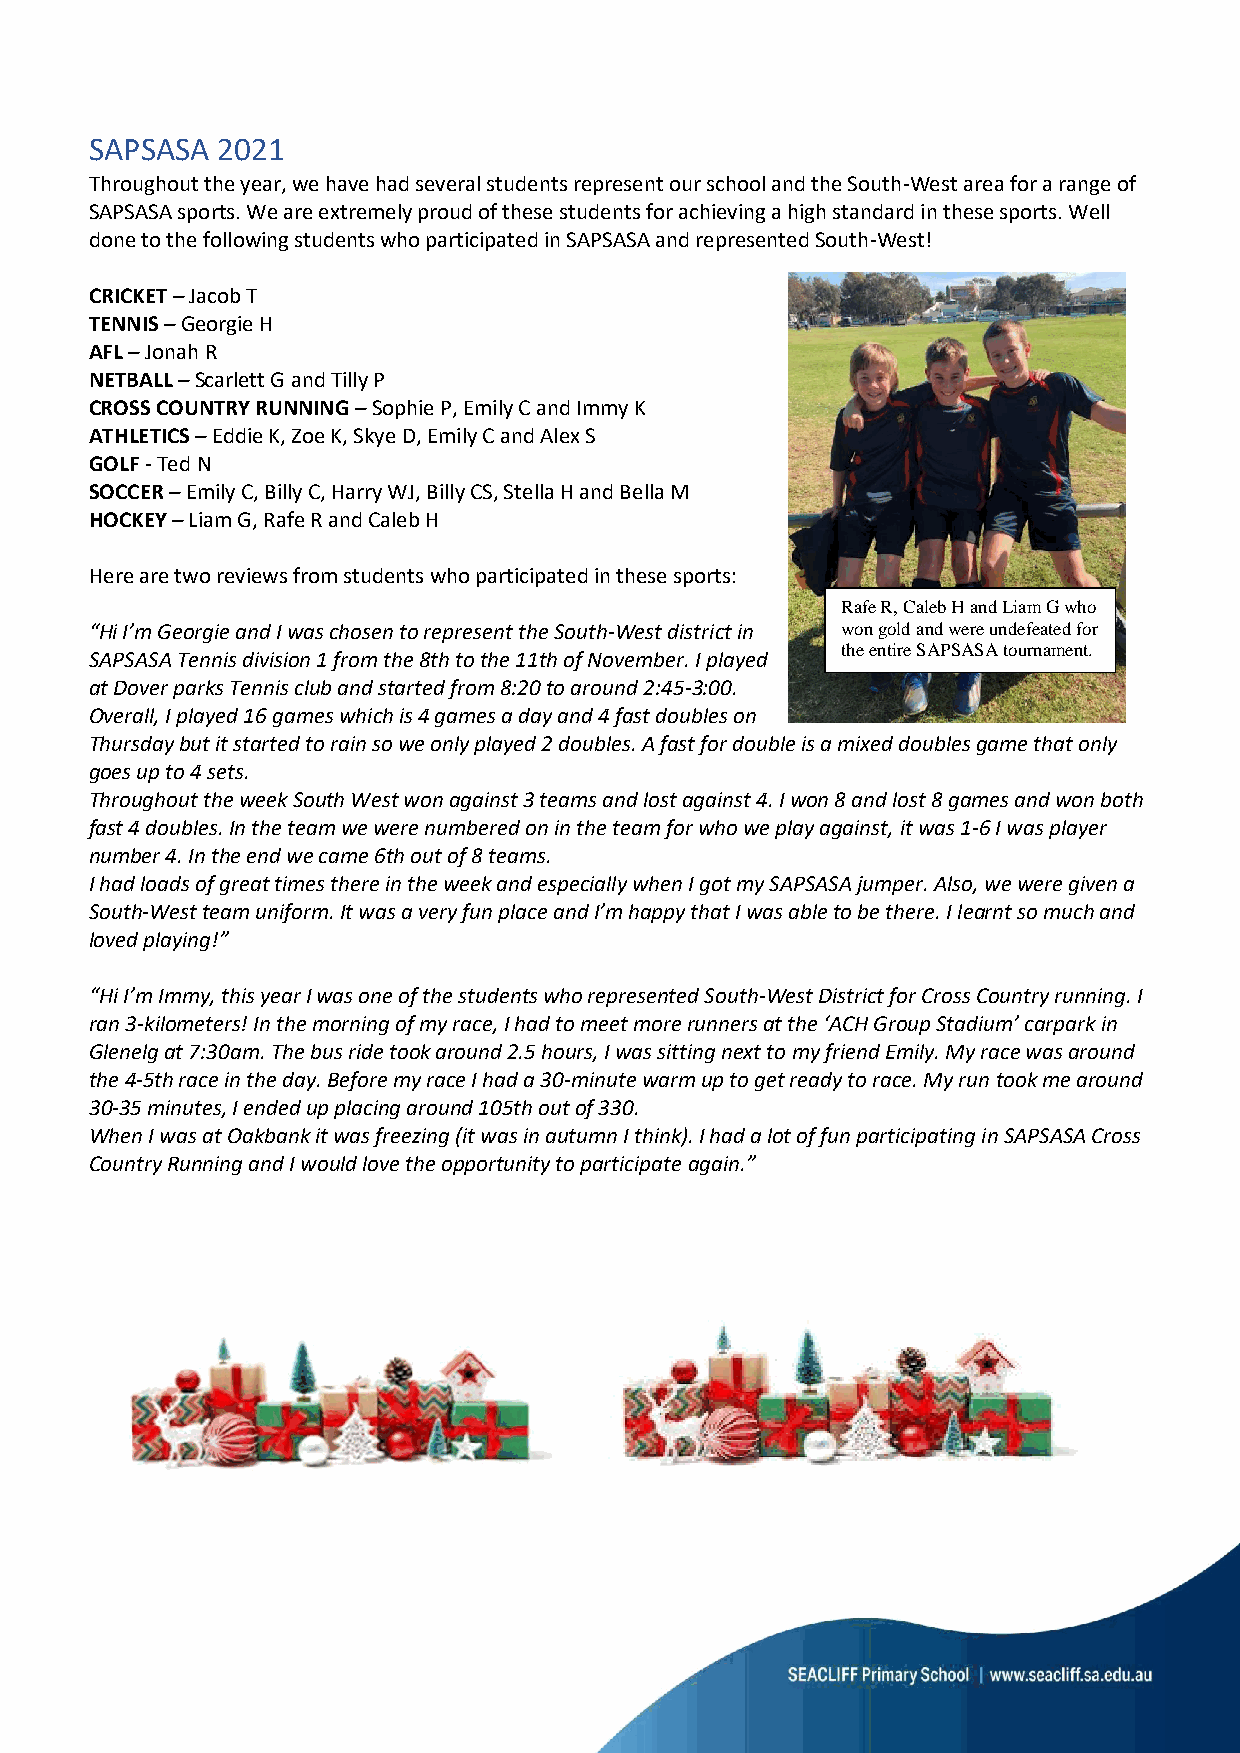
SAPSASA 2021
 Throughout the year, we have had several students represent our school and the South-West area for a range of
 SAPSASA sports. We are extremely proud of these students for achieving a high standard in these sports. Well
 done to the following students who participated in SAPSASA and represented South-West!
 CRICKET – Jacob T
 TENNIS – Georgie H
 AFL – Jonah R
 NETBALL – Scarlett G and Tilly P
 CROSS COUNTRY RUNNING – Sophie P, Emily C and Immy K
 ATHLETICS – Eddie K, Zoe K, Skye D, Emily C and Alex S
 GOLF - Ted N
 SOCCER – Emily C, Billy C, Harry WJ, Billy CS, Stella H and Bella M
 HOCKEY – Liam G, Rafe R and Caleb H
 Here are two reviews from students who participated in these sports:
 Rafe R, Caleb H and Liam G who
 “Hi I’m Georgie and I was chosen to represent the South-West district in won gold and were undefeated for
 the entire SAPSASA tournament.
 SAPSASA Tennis division 1 from the 8th to the 11th of November. I played
 at Dover parks Tennis club and started from 8:20 to around 2:45-3:00.
 Overall, I played 16 games which is 4 games a day and 4 fast doubles on
 Thursday but it started to rain so we only played 2 doubles. A fast for double is a mixed doubles game that only
 goes up to 4 sets.
 Throughout the week South West won against 3 teams and lost against 4. I won 8 and lost 8 games and won both
 fast 4 doubles. In the team we were numbered on in the team for who we play against, it was 1-6 I was player
 number 4. In the end we came 6th out of 8 teams.
 I had loads of great times there in the week and especially when I got my SAPSASA jumper. Also, we were given a
 South-West team uniform. It was a very fun place and I’m happy that I was able to be there. I learnt so much and
 loved playing!”
 “Hi I’m Immy, this year I was one of the students who represented South-West District for Cross Country running. I
 ran 3-kilometers! In the morning of my race, I had to meet more runners at the ‘ACH Group Stadium’ carpark in
 Glenelg at 7:30am. The bus ride took around 2.5 hours, I was sitting next to my friend Emily. My race was around
 the 4-5th race in the day. Before my race I had a 30-minute warm up to get ready to race. My run took me around
 30-35 minutes, I ended up placing around 105th out of 330.
 When I was at Oakbank it was freezing (it was in autumn I think). I had a lot of fun participating in SAPSASA Cross
 Country Running and I would love the opportunity to participate again.”